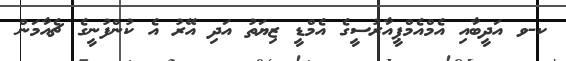
ކ-ވ އަދީބާއި އެމްއެމްޕީއާރުސީގެ އެމްޑީ ޒިޔަތު އަދި އޭރު އެ ކުންފުނީގެ ޗެއާމަން